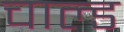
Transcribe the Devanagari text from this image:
चाल्ड